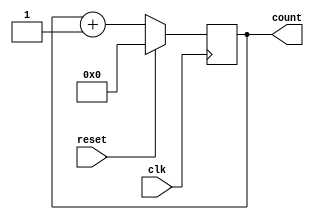
`ifndef LCD_COUNTER
`define LCD_COUNTER
/*
 # Counter

 19-bit counter intended it can be used as a general counter.

 # Inputs

 - clk: Clock signal
 - reset: Reset signal, makes count = 0

 # Output
 - count: Corrent count, if max count is reach it will overflow and go around.
*/

module Counter(
               input wire clk,
               input wire reset,
               output reg [19:0] count
               );
   always @(posedge clk)
     begin
        if(reset)
          begin
             count <= 0;
          end
        else
          begin
             count <= count+1;
          end
     end
endmodule // counter
`endif //  `ifndef LCD_COUNTER